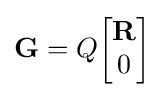
\mathbf {G} =Q{\begin{bmatrix}\mathbf {R} \\0\end{bmatrix}}